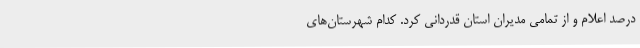
درصد اعلام و از تمامی مدیران استان قدردانی کرد. کدام شهرستان‌های